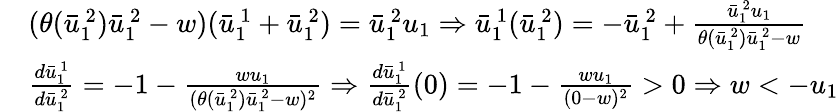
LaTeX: \begin{array}{rl}&{(\theta(\bar{u}_{1\ }^{\ 2})\bar{u}_{1\ }^{\ 2}-w)(\bar{u}_{1\ }^{\ 1}+\bar{u}_{1\ }^{\ 2})=\bar{u}_{1\ }^{\ 2}u_{1}\Rightarrow\bar{u}_{1\ }^{\ 1}(\bar{u}_{1\ }^{\ 2})=-\bar{u}_{1\ }^{\ 2}+\frac{\bar{u}_{1\ }^{\ 2}u_{1}}{\theta(\bar{u}_{1\ }^{\ 2})\bar{u}_{1\ }^{\ 2}-w}}\\ &{\frac{d\bar{u}_{1\ }^{\ 1}}{d\bar{u}_{1\ }^{\ 2}}=-1-\frac{wu_{1}}{(\theta(\bar{u}_{1\ }^{\ 2})\bar{u}_{1\ }^{\ 2}-w)^{2}}\Rightarrow\frac{d\bar{u}_{1\ }^{\ 1}}{d\bar{u}_{1\ }^{\ 2}}(0)=-1-\frac{wu_{1}}{(0-w)^{2}}>0\Rightarrow w<-u_{1}}\end{array}